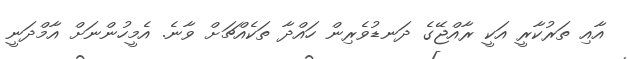
އާއި ތަރުކާރީ އަކީ ރާއްޖޭގެ ދަނޑުވެރިން ހައްދާ ތަކެއްޗަށް ވާނެ. އެމީހުންނަށް އާމްދަނީ